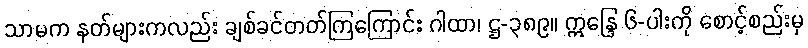
သာမက နတ်များကလည်း ချစ်ခင်တတ်ကြကြောင်း ဂါထာ၊ ဋ္ဌ-၃၈၉။ ဣန္ဒြေ ၆-ပါးကို စောင့်စည်းမှ